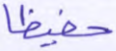
حفيظا